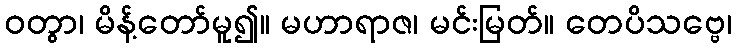
ဝတွာ၊ မိန့်တော်မူ၍။ မဟာရာဇ၊ မင်းမြတ်။ တေပိသဗ္ဗေ၊